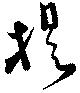
提